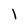
Character: l